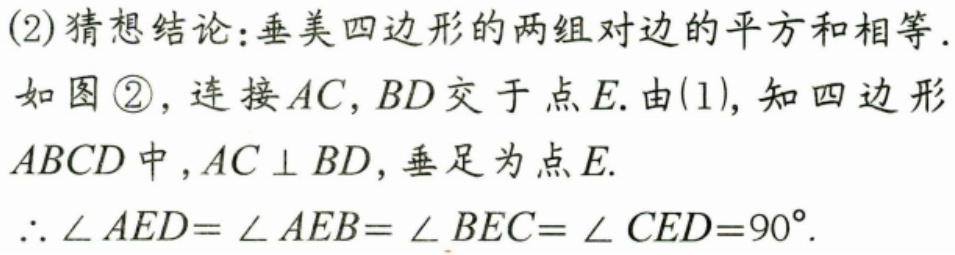
(2)猜想结论：垂美四边形的两组对边的平方和相等.
如图\textcircled{2}，连接 \(AC,BD\) 交于点 \(E\). 由(1)，知四边形
\(ABCD\)中，\(AC\perp BD\)，垂足为点 \(E\).
\(\therefore\angle AED=\angle AEB=\angle BEC=\angle CED = 90^{\circ}\).